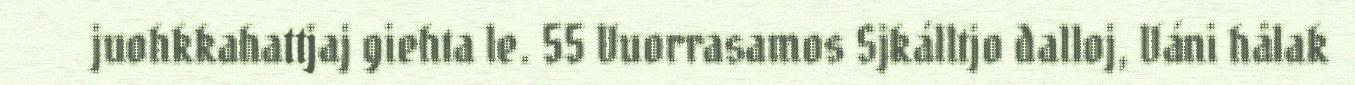
juohkkahattjaj giehta le. 55 Vuorrasamos Sjkálltjo dalloj, Váni hålak